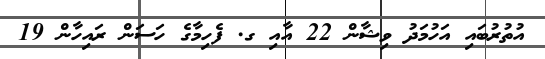
އުތުރުބައި އަހުމަދު ވިޝާން 22 އާއި ގ. ފެހިމާގެ ހަސަން ރައިހާން 19